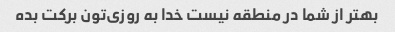
بهتر از شما در منطقه نیست خدا به روزی‌تون برکت بده